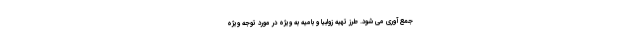
جمع آوری می شود. طرز تهیه زولبیا و بامیه به ویژه در مورد توجه ویژه